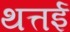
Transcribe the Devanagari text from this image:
थत्तई